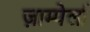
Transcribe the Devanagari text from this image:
ज़ाम्पेर्ला